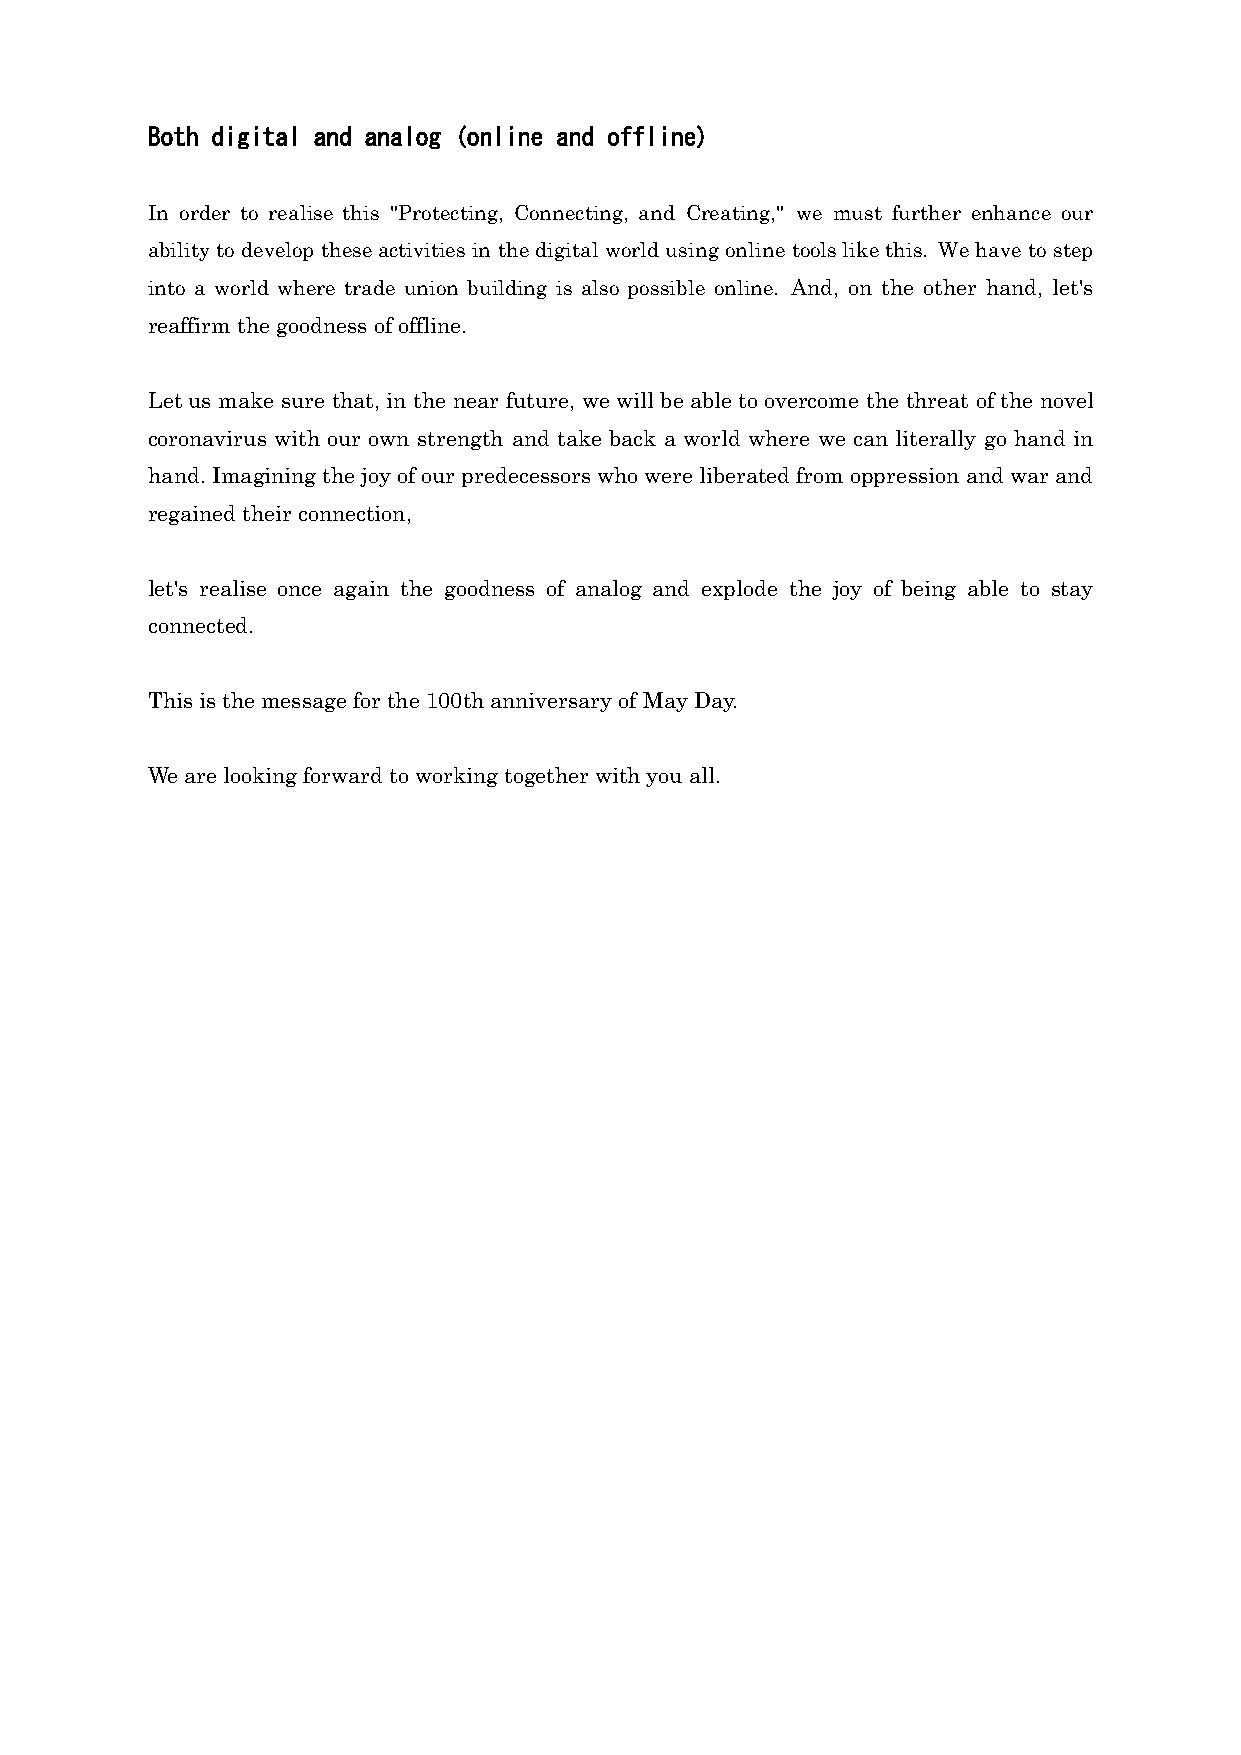
Both digital and analog (online and offline)
 In order to realise this "Protecting, Connecting, and Creating," we must further enhance our
 ability to develop these activities in the digital world using online tools like this. We have to step
 into a world where trade union building is also possible online. And, on the other hand, let's
 reaffirm the goodness of offline.
 Let us make sure that, in the near future, we will be able to overcome the threat of the novel
 coronavirus with our own strength and take back a world where we can literally go hand in
 hand. Imagining the joy of our predecessors who were liberated from oppression and war and
 regained their connection,
 let's realise once again the goodness of analog and explode the joy of being able to stay
 connected.
 This is the message for the 100th anniversary of May Day.
 We are looking forward to working together with you all.